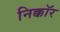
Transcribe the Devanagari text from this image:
निक्कॉर